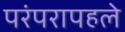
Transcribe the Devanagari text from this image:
परंपरापहले